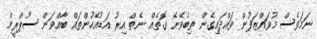
ނަމަވެސް މުވައްޒަފުން ވައްދައިގެން ތިބެވޭނެ ގޮތެއް ނެތް އިރު އަޑުއެހުންތައް ބާއްވަން ސުޕްރީމް